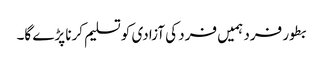
بطور فرد ہمیں فرد کی آزادی کو تسلیم کرنا پڑے گا۔